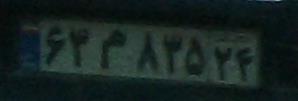
۶۳م۸۳۵۲۴